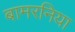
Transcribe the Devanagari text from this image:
बामरनिया